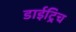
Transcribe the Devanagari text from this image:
डाईट्रिच